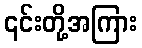
၎င်းတို့အကြား